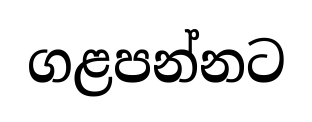
ගළපන්නට